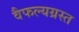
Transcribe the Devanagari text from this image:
वैफल्यग्रस्त